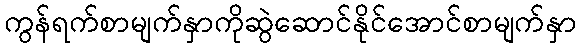
ကွန်ရက်စာမျက်နှာကိုဆွဲဆောင်နိုင်အောင်စာမျက်နှာ